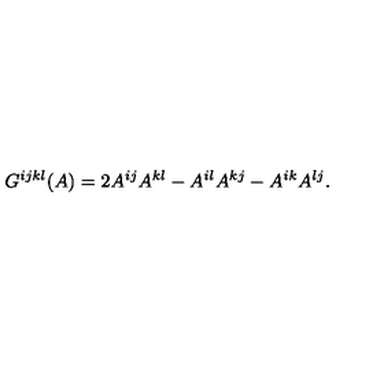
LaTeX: G ^ { i j k l } ( A ) = 2 A ^ { i j } A ^ { k l } - A ^ { i l } A ^ { k j } - A ^ { i k } A ^ { l j } .